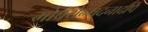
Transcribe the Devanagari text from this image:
मोचयेन्मदनादपि